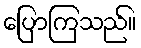
ပြောကြသည်။